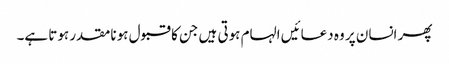
پھر انسان پر وہ دعائیں الہام ہوتی ہیں جن کا قبول ہونا مقدر ہوتا ہے۔